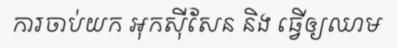
ការចាប់យក អុកស៊ីសែន និង ធ្វើឲ្យឈាម